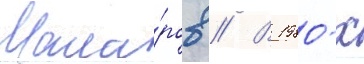
Мака́ров // В 1980-х